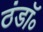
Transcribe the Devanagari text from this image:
ठंडॉ॰